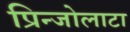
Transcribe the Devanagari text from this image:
प्रिन्जोलाटा